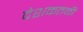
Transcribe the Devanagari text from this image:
देशकतकी